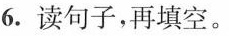
6.读句子，再填空。